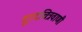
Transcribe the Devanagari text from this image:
दूरदचित्रवाणी